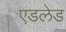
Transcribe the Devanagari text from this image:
एडलेड